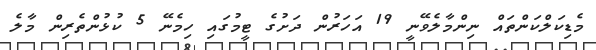
މެޑިކަލްކަންތައް ނިންމާލެވޭނީ 19 އަހަރުން ދަށުގެ ޓީމުގައި ހިމެނޭ 5 ކުޅުންތެރިން މާލެ